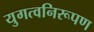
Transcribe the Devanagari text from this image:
युगत्वनिरूपण